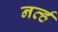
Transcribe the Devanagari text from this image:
नर्व्ह